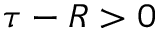
\tau - R > 0